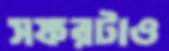
সফরটাও